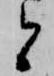
と